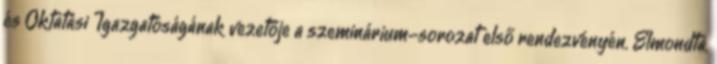
és Oktatási Igazgatóságának vezetője a szeminárium-sorozat első rendezvényén. Elmondta,